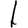
Digit: 1